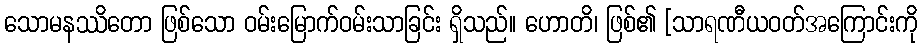
သောမနဿိတော ဖြစ်သော ဝမ်းမြောက်ဝမ်းသာခြင်း ရှိသည်။ ဟောတိ၊ ဖြစ်၏ [သာရဏီယဝတ်အကြောင်းကို